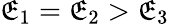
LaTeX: \mathfrak{E}_{1}=\mathfrak{E}_{2}>\mathfrak{E}_{3}